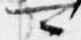
可